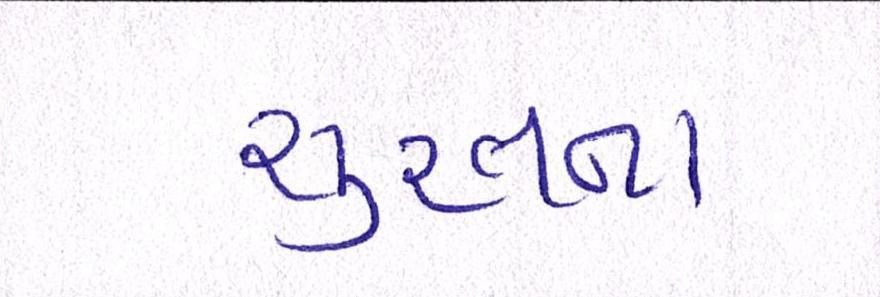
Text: સુરતના